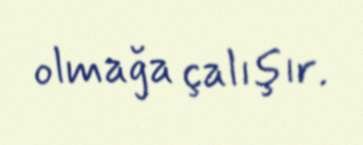
olmağa çalışır.